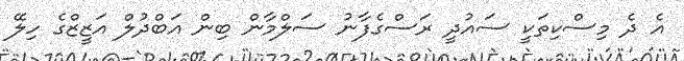
އެ ދެ މިސްކިތަކީ ސައުދީ ރަސްގެފާނު ސަލްމާން ބިން އަބްދުލް އަޒީޒްގެ ހިލޭ